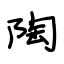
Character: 陶